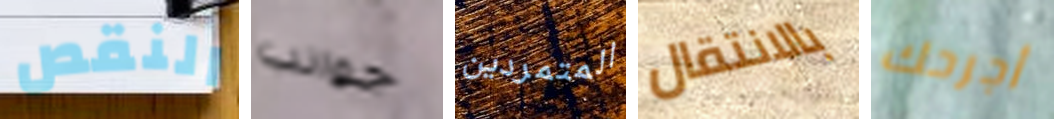
النقص جوانب المتمردين بالانتقال أجرحك